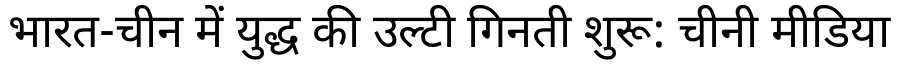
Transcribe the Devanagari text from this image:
भारत-चीन में युद्ध की उल्टी गिनती शुरू: चीनी मीडिया